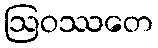
ဩဝဿတေ